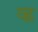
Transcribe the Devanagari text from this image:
व्ह्न